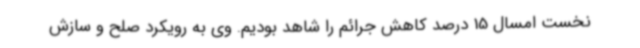
نخست امسال 15 درصد کاهش جرائم را شاهد بودیم. وی به رویکرد صلح و سازش